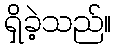
ရှိခဲ့သည်။